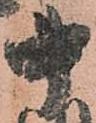
中